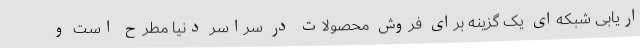
اریابی شبکه‌ای یک گزینه برای فروش محصولات در سراسر دنیا مطرح است و